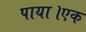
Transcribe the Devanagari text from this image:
पाया।एक